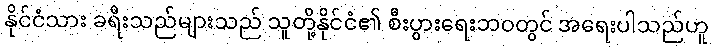
နိုင်ငံသား ခရီးသည်များသည် သူတို့နိုင်ငံ၏ စီးပွားရေးဘဝတွင် အရေးပါသည်ဟူ